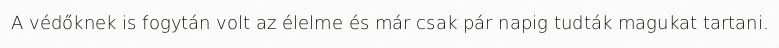
A védőknek is fogytán volt az élelme és már csak pár napig tudták magukat tartani.